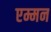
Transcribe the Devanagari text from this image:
एम्मन